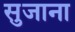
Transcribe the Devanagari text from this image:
सुजाना